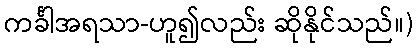
ကင်္ခါအရသာ-ဟူ၍လည်း ဆိုနိုင်သည်။)